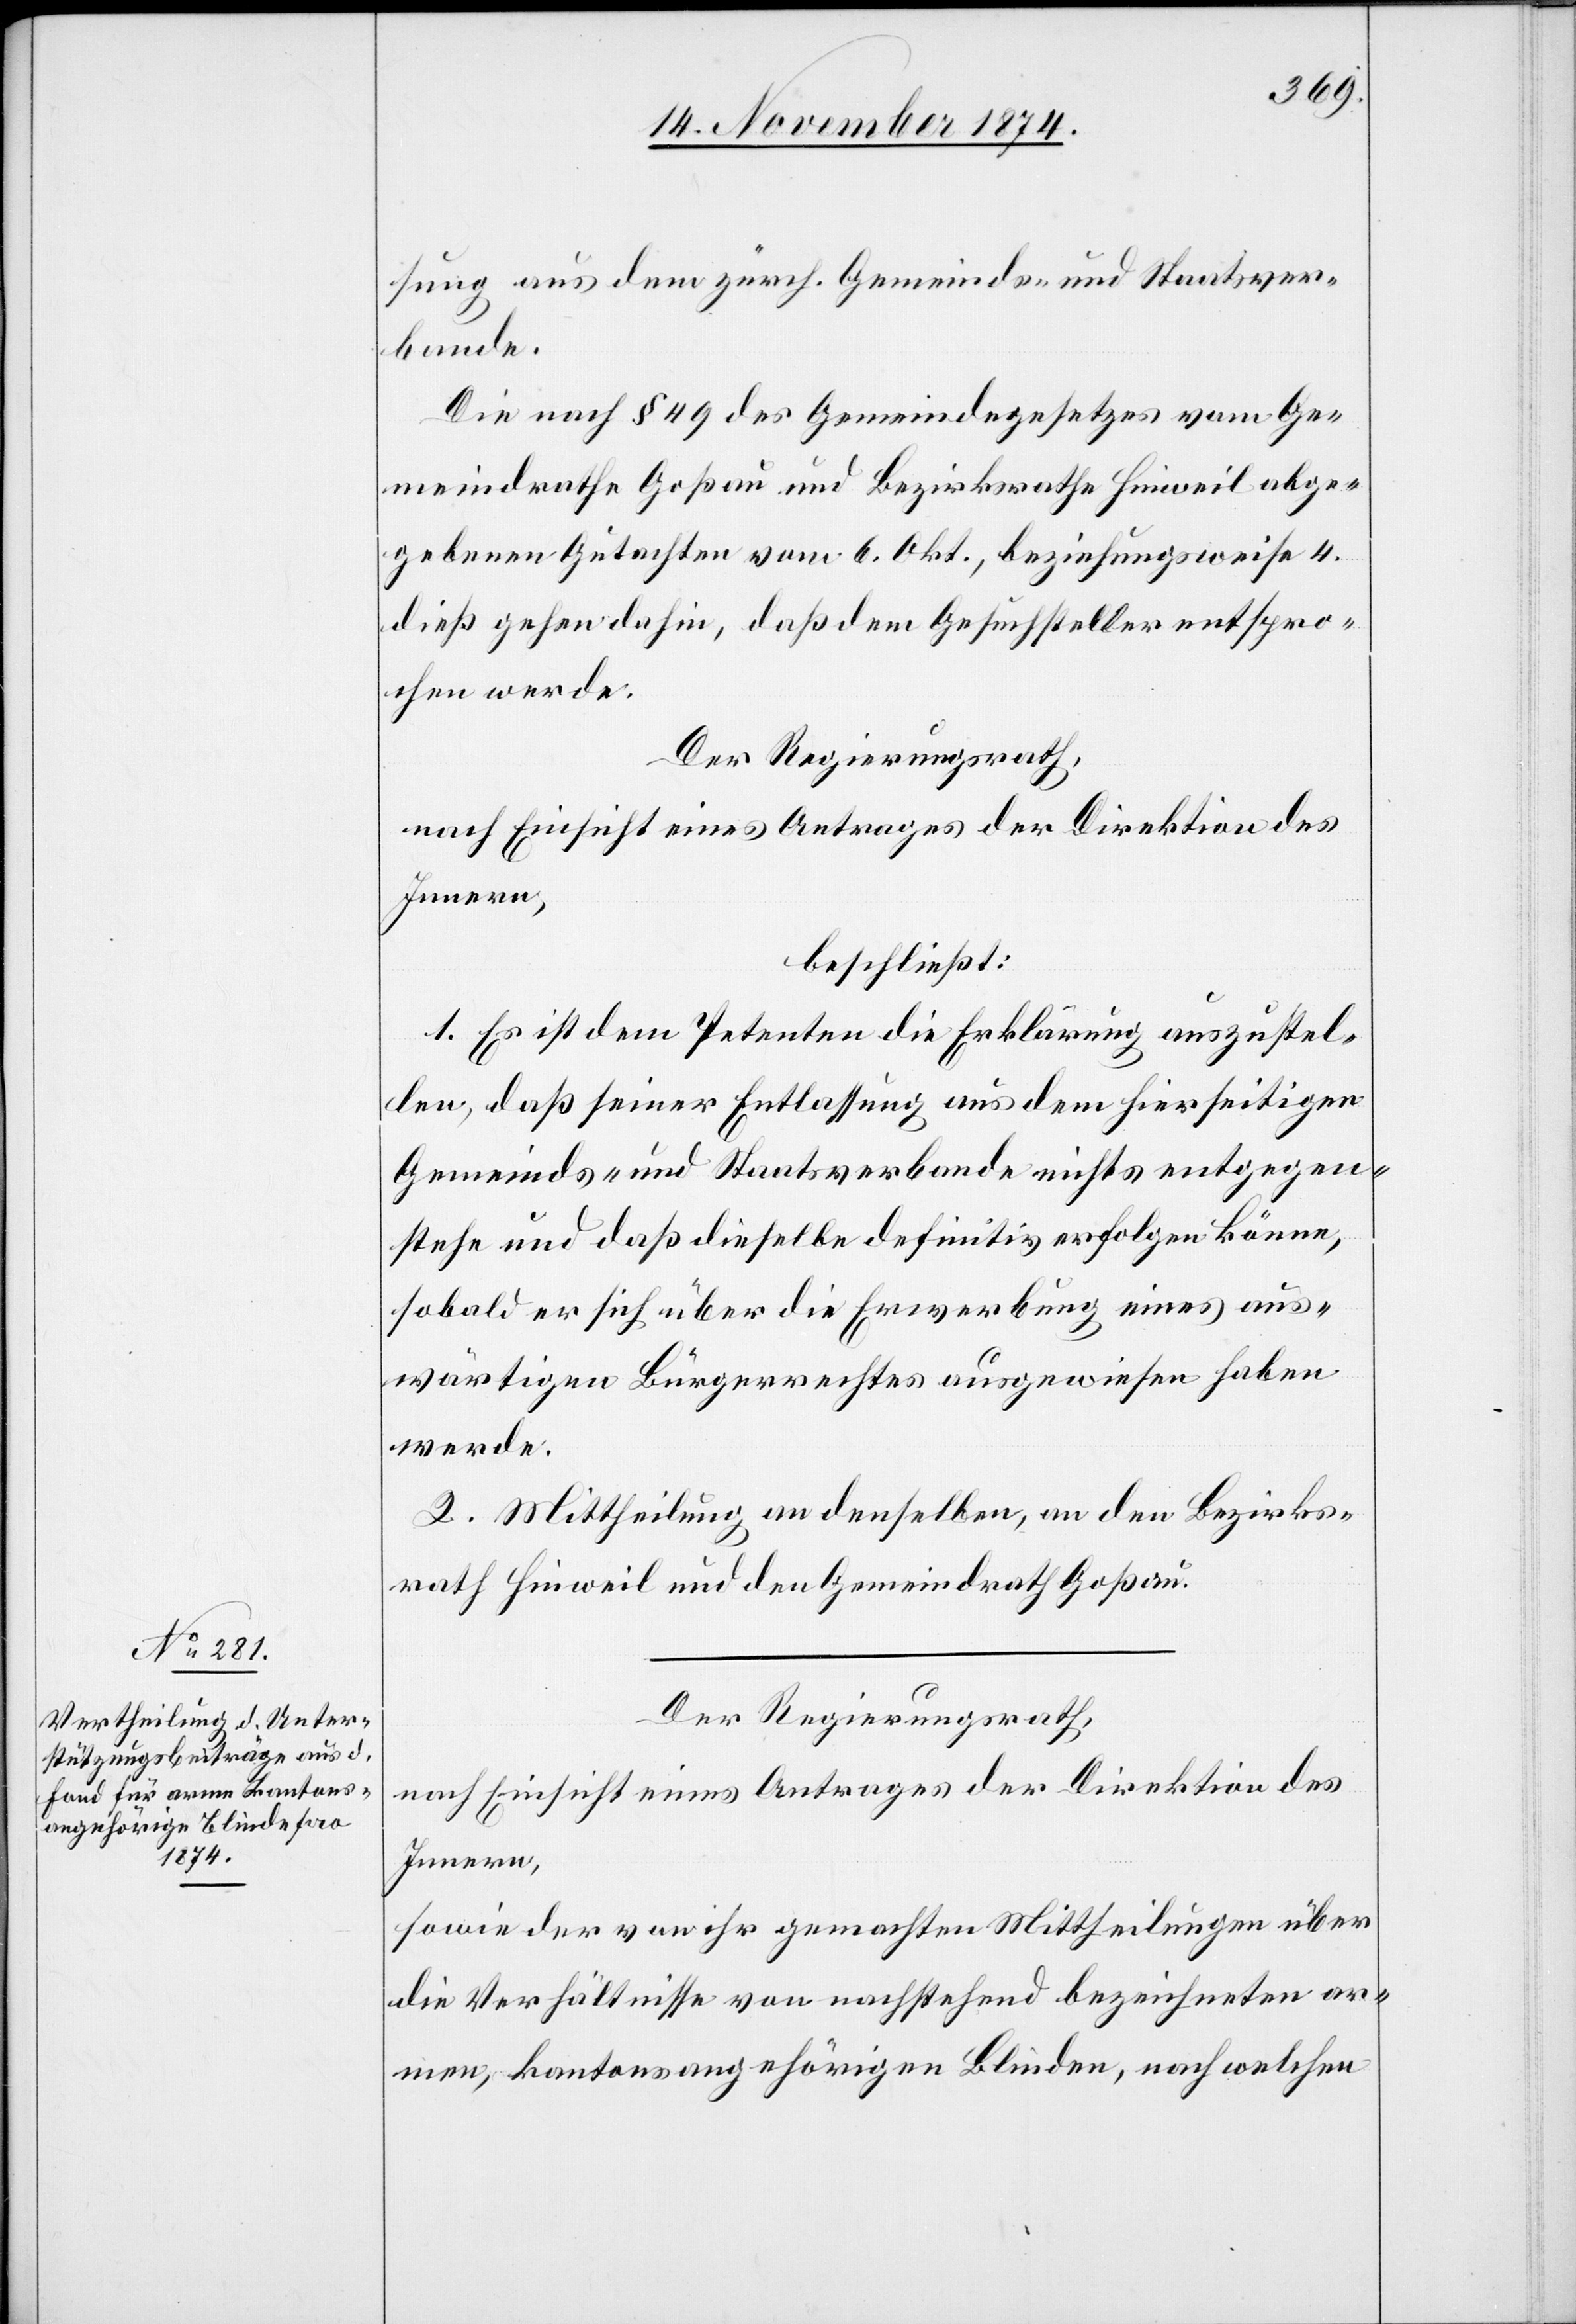
sung aus dem zürch. Gemeinds- und Staatsver¬
bande.
Die nach § 49 des Gemeindegesetzes vom Ge¬
meindrathe Goßau und Bezirksrathe Hinweil abge¬
gebenen Gutachten vom 6. Okt., beziehungsweise 4.
dieß gehen dahin, daß dem Gesuchsteller entspro¬
chen werde.
Der Regierungsrath,
nach Einsicht eines Antrages der Direktion des
Innern,
beschließt:
1. Es ist dem Petenten die Erklärung auszustel¬
len, daß seiner Entlassung aus dem hierseiteigen
Gemeindes- und Staatsverbande nichts entgegen¬
stehe und daß dieselbe definitiv erfolgen könne,
sobald er sich über die Erwerbung eines aus¬
wärtigen Bürgerrechtes ausgewiesen haben
werde.
2. Mittheilung an denselben, an den Bezirks¬
rath Hinweil und den Gemeindrath Goßau.
Der Regierungsrath,
nach Einsicht eines Antrages der Direktion des
Innern,
sowie der von ihr gemachten Mittheilungen über
die Verhältnisse von nachstehend bezeichneten ar¬
men, kantonsangehörigen Blinden, nach welchen